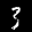
Label: 3